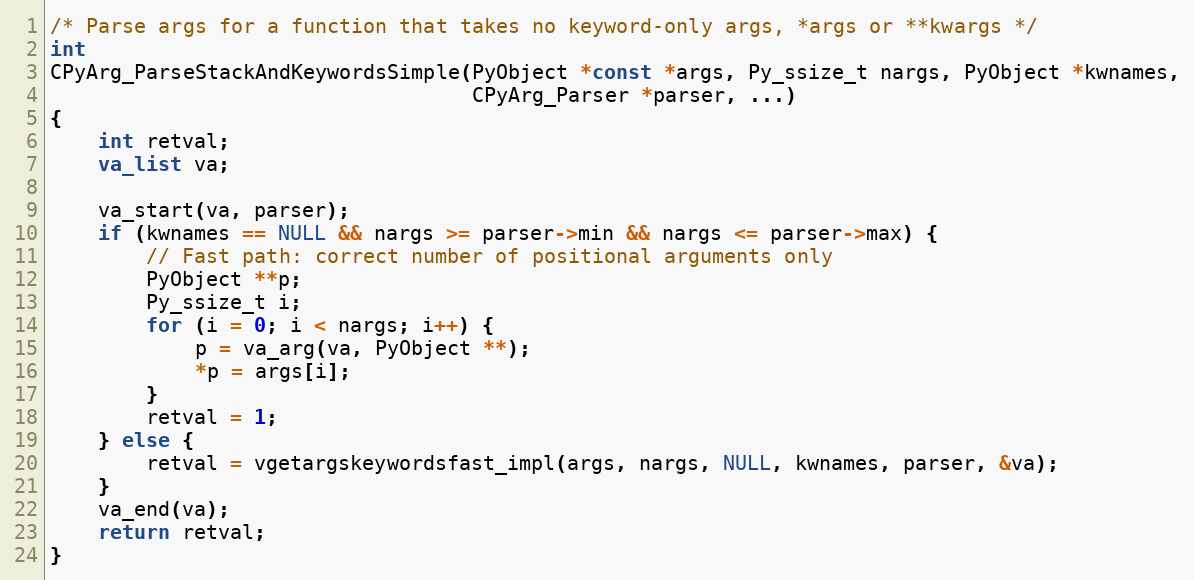
Language: C
/* Parse args for a function that takes no keyword-only args, *args or **kwargs */
int
CPyArg_ParseStackAndKeywordsSimple(PyObject *const *args, Py_ssize_t nargs, PyObject *kwnames,
                                   CPyArg_Parser *parser, ...)
{
    int retval;
    va_list va;

    va_start(va, parser);
    if (kwnames == NULL && nargs >= parser->min && nargs <= parser->max) {
        // Fast path: correct number of positional arguments only
        PyObject **p;
        Py_ssize_t i;
        for (i = 0; i < nargs; i++) {
            p = va_arg(va, PyObject **);
            *p = args[i];
        }
        retval = 1;
    } else {
        retval = vgetargskeywordsfast_impl(args, nargs, NULL, kwnames, parser, &va);
    }
    va_end(va);
    return retval;
}